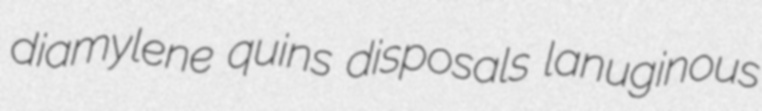
diamylene quins disposals lanuginous